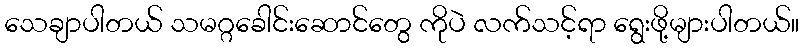
သေချာပါတယ် သမဂ္ဂခေါင်းဆောင်တွေ ကိုပဲ လက်သင့်ရာ ရွေးဖို့များပါတယ်။